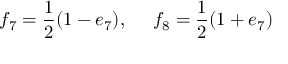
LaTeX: f _ { 7 } = \frac { 1 } { 2 } ( 1 - e _ { 7 } ) , ~ ~ ~ ~ f _ { 8 } = \frac { 1 } { 2 } ( 1 + e _ { 7 } )